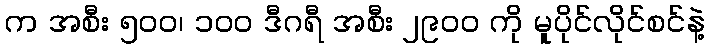
က အစီး ၅၀၀၊ ၁၀၀ ဒီဂရီ အစီး ၂၉၀၀ ကို မူပိုင်လိုင်စင်နဲ့